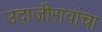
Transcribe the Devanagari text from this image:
उदाजीरावांचा